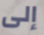
إلى